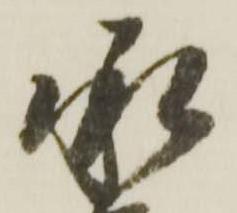
承